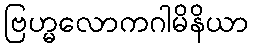
ဗြဟ္မလောကဂါမိနိယာ